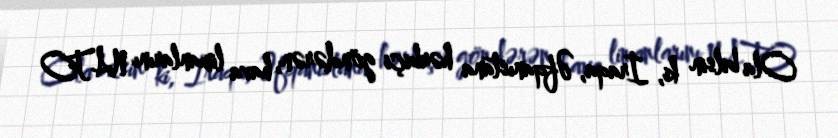
Ola bilsin ki, İraqa, Əfqanıstana hərbiçi göndərən, hava limanlarını NATO